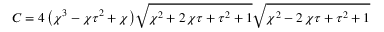
C = 4 \, { \left( { \chi } ^ { 3 } - { \chi } { \tau } ^ { 2 } + { \chi } \right) } \sqrt { { \chi } ^ { 2 } + 2 \, { \chi } { \tau } + { \tau } ^ { 2 } + 1 } \sqrt { { \chi } ^ { 2 } - 2 \, { \chi } { \tau } + { \tau } ^ { 2 } + 1 }